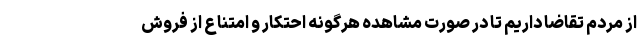
از مردم تقاضا داریم تا در صورت مشاهده هرگونه احتکار و امتناع از فروش